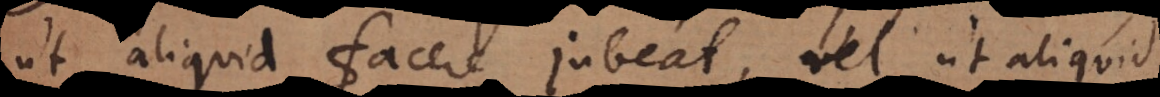
ut aliquid facere jubeat, vel ut aliquid